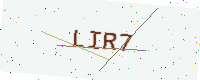
Text: LIR7